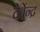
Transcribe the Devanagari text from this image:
देवेंन्द्र